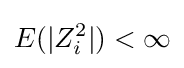
E(|Z_{i}^{2}|)<\infty